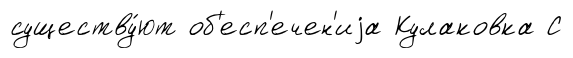
существу́ют об'есп'ечен'иjа Кулаковка С